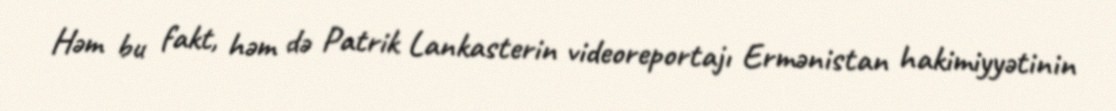
Həm bu fakt, həm də Patrik Lankasterin videoreportajı Ermənistan hakimiyyətinin